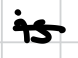
Text: is
Cross-out: single-line
Writing tool: digital_black